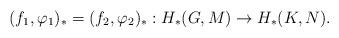
LaTeX: \begin{align*}(f_{1}, \varphi_{1})_{*} = (f_{2}, \varphi_{2})_{*} : H_{*}(G,M) \rightarrow H_{*}(K,N).\end{align*}